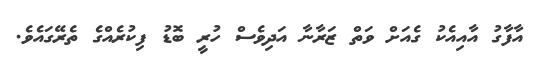
އާފާގު އާއިއެކު ގެއަށް ވަތް ޒަރާނާ އަދިވެސް ހުރީ ބޮޑު ފިކުރެއްގެ ތެރޭގައެވެ.